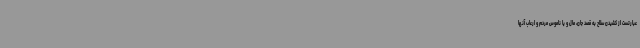
عبارتست از کشیدن سلاح به قصد جان، مال و یا ناموس مردم و ارعاب آنها